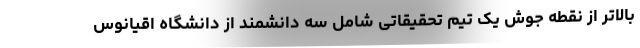
بالاتر از نقطه جوش یک تیم تحقیقاتی شامل سه دانشمند از دانشگاه اقیانوس